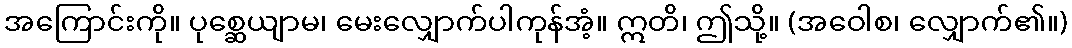
အကြောင်းကို။ ပုစ္ဆေယျာမ၊ မေးလျှောက်ပါကုန်အံ့။ ဣတိ၊ ဤသို့။ (အဝေါစ၊ လျှောက်၏။)